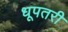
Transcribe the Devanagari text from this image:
धूपतरी